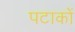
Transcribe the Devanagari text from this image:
पटाकों